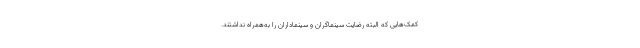
کمک‌هایی که البته رضایت سینماگران و سینماداران را به‌همراه نداشتند.